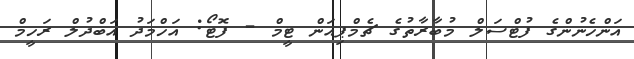
އަންހެނުންގެ ފުޓްސަލް މުބާރާތުގެ ޗެމްޕިއަން ޓީމް - ފޮޓޯ: އަހްމަދު އަބްދުލް ރަހީމް